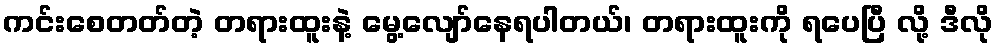
ကင်းစေတတ်တဲ့ တရားထူးနဲ့ မွေ့လျော်နေရပါတယ်၊ တရားထူးကို ရပေပြီ လို့ ဒီလို